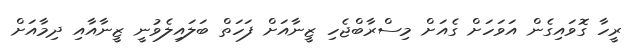
ރީހާ ގޮވައިގެން އަވަހަށް ގެއަށް މިސްރާބްޖެހި ޒީނާއަށް ފަހަތް ބަލައިލެވުނީ ޒީނާއާއި ދިމާއަށް